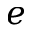
e